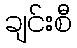
ချင်းစီ